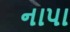
નાપા